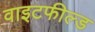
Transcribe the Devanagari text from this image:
वाइटफील्ड